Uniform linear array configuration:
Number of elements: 12
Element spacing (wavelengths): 0.25
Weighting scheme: blackman
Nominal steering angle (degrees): -30
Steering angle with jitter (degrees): -31.744
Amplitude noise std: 0.05
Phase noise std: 0.05

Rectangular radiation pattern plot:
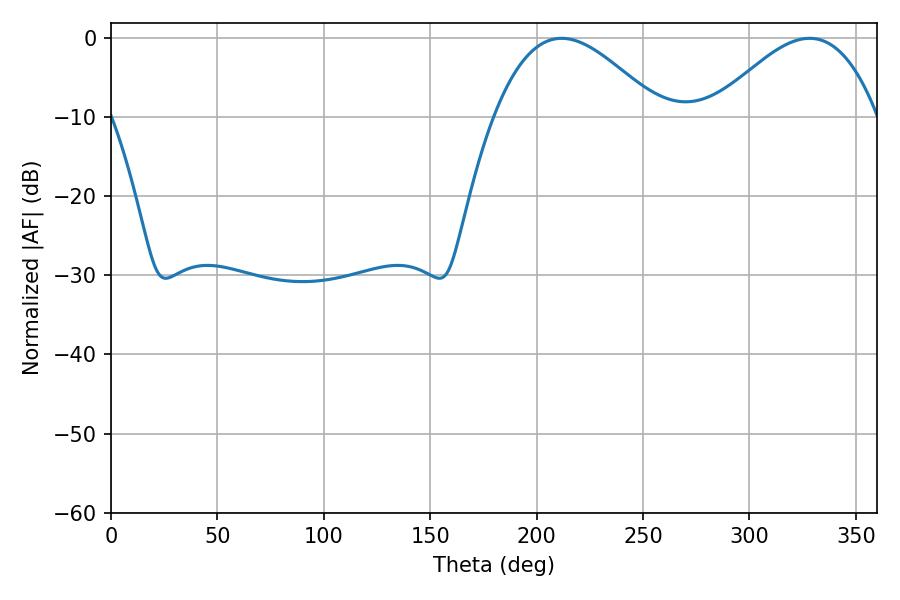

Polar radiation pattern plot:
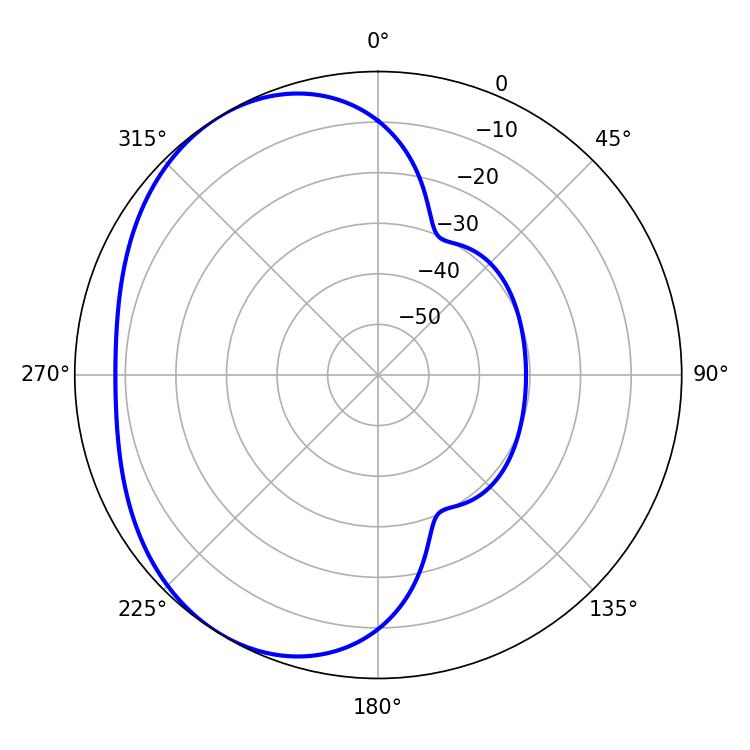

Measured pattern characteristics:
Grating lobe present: FALSE
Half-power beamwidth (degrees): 41.94
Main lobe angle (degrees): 211.68